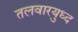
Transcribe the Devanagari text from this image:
तलवारयुध्द